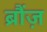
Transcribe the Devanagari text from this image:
ब्रौंज़